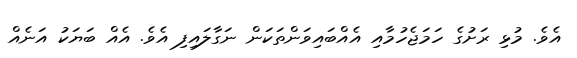
އެވެ. މުޅި ރަށުގެ ހަމަޖެހުމާއި އެއްބައިވަންތަކަން ނަގާލައިފި އެވެ. އެއް ބަޔަކު އަނެއް